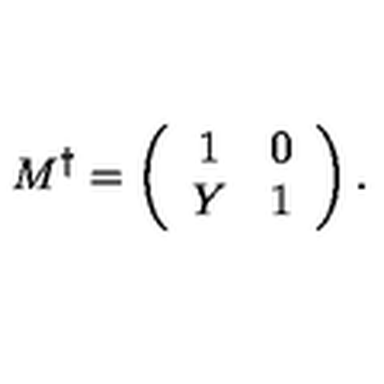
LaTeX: M ^ { \dagger } = \left( \begin{array} { c c } { 1 } & { 0 } \\ { Y } & { 1 } \\ \end{array} \right) .